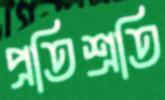
প্রতিশ্রতি